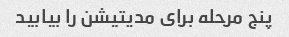
پنج مرحله برای مدیتیشن را بیابید